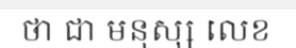
ថា ជា មនុស្ស លេខ